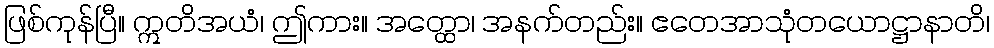
ဖြစ်ကုန်ပြီ။ ဣတိအယံ၊ ဤကား။ အတ္ထော၊ အနက်တည်း။ ဧတေအာသုံတယောဋ္ဌာနာတိ၊